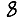
Digit: 8